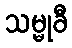
သမ္မုခီ